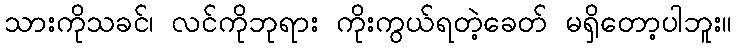
သားကိုသခင်၊ လင်ကိုဘုရား ကိုးကွယ်ရတဲ့ခေတ် မရှိတော့ပါဘူး။